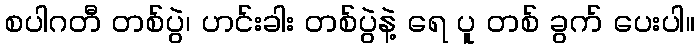
စပါဂတီ တစ်ပွဲ၊ ဟင်းခါး တစ်ပွဲနဲ့ ရေ ပူ တစ် ခွက် ပေးပါ။